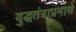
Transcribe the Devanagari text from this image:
युद्धतंत्राप्रमाणे